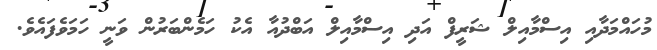
މުހައްމަދާއި އިސްމާއިލް ޝަރީފް އަދި އިސްމާއިލް އަބްދުއާ އެކު ހަމެންބަރުން ވަނީ ހަމަވެފައެވެ.